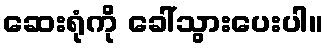
ဆေးရုံကို ခေါ်သွားပေးပါ။